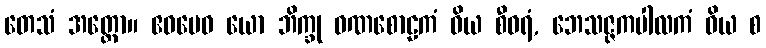
တေသံ အတ္ထော။ ဧဝမေဝ ယော ဘိက္ခု ဝဏစောဠကံ ဝိယ စီဝရံ, ဘေသဇ္ဇကပါလကံ ဝိယ စ